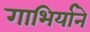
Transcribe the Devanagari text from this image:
गाभिर्याने